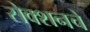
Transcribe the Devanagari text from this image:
सेक्शनचे